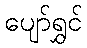
ပျော်ရွှင်